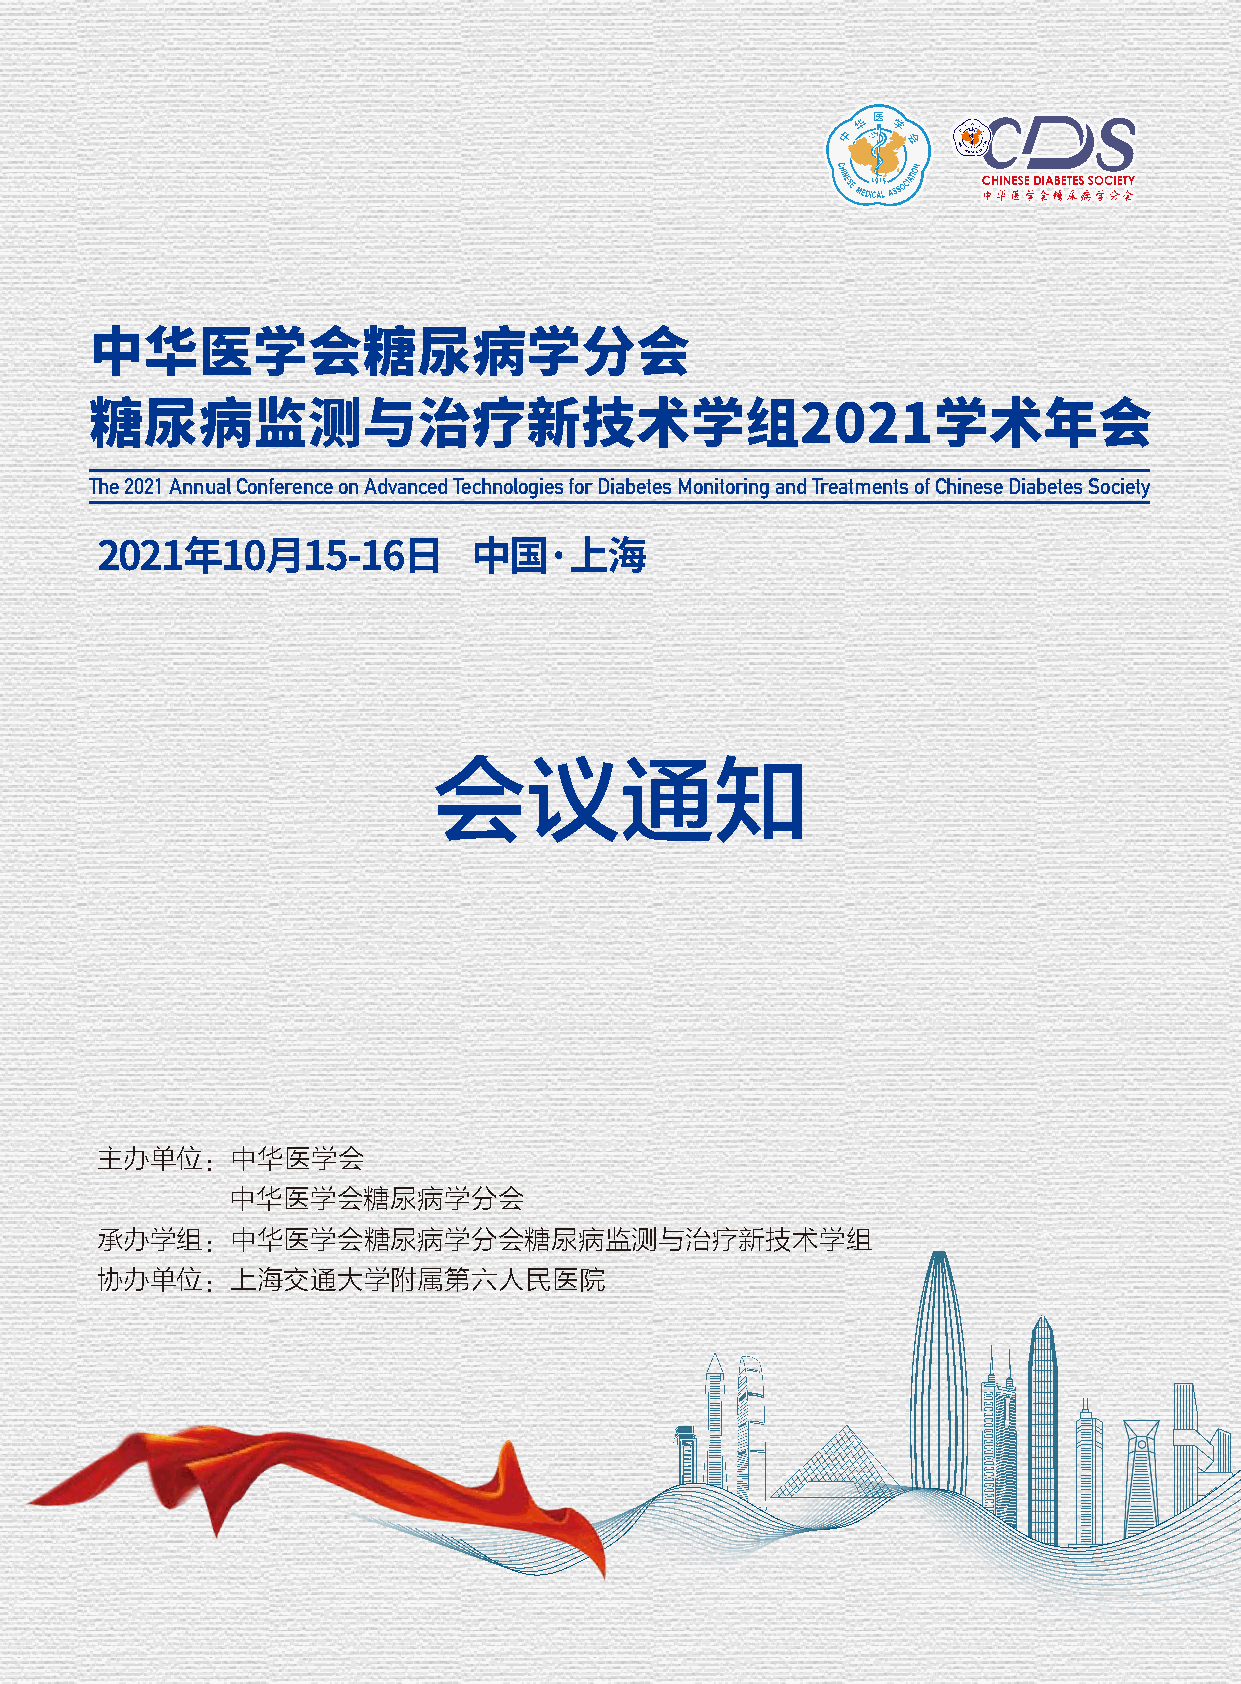
中华医学会糖尿病学分会
 糖尿病监测与治疗新技术学组2021学术年会
 The 2021 Annual Conference on Advanced Technologies for Diabetes Monitoring and Treatments of Chinese Diabetes Society
 2021年10月15-16日           中国·上海
 会议通知
 主办单位：中华医学会
 中华医学会糖尿病学分会
 承办学组：中华医学会糖尿病学分会糖尿病监测与治疗新技术学组
 协办单位：上海交通大学附属第六人民医院